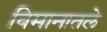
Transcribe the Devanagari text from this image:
विमानातले